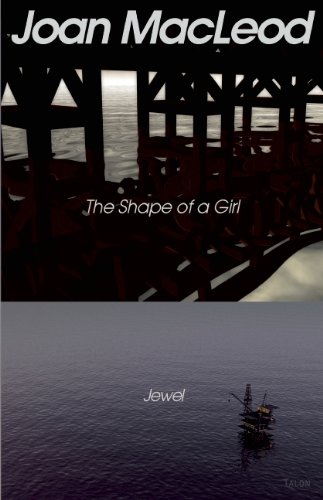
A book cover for The Shape of a Girl / Jewel; Joan MacLeod; Literature & Fiction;